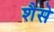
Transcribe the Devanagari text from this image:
शैसे